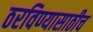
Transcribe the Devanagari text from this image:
ठरविण्यासाठीच